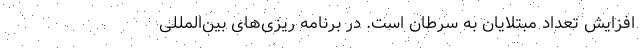
افزایش تعداد مبتلایان به سرطان است. در برنامه ریزی‌های بین‌المللی